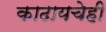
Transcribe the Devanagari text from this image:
काढायचेही